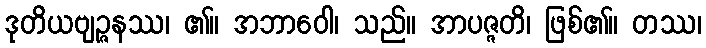
ဒုတိယဗျဉ္ဇနဿ၊ ၏။ အဘာဝေါ၊ သည်။ အာပဇ္ဇတိ၊ ဖြစ်၏။ တဿ၊